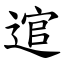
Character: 逭